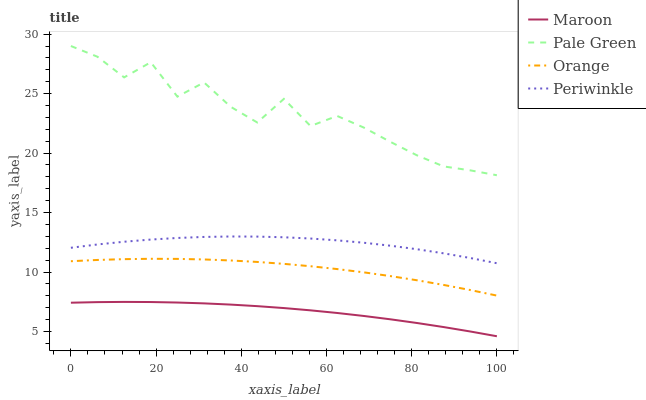
| xaxis_label | Maroon | Pale Green | Orange | Periwinkle |
 | --- | --- | --- | --- | --- |
 | 0 | 7.42 | 29 | 10.9 | 12 |
 | 6.25 | 7.47 | 28.1 | 11 | 12.3 |
 | 12.5 | 7.49 | 26.4 | 11.1 | 12.5 |
 | 18.8 | 7.48 | 27.6 | 11.1 | 12.7 |
 | 25 | 7.44 | 24.7 | 11.1 | 12.9 |
 | 31.2 | 7.36 | 25.9 | 11.1 | 12.9 |
 | 37.5 | 7.26 | 23.9 | 11 | 13 |
 | 43.8 | 7.13 | 22.6 | 10.8 | 13 |
 | 50 | 6.97 | 24.6 | 10.7 | 12.9 |
 | 56.2 | 6.78 | 22.3 | 10.5 | 12.8 |
 | 62.5 | 6.56 | 23.1 | 10.2 | 12.7 |
 | 68.8 | 6.31 | 22.1 | 9.97 | 12.5 |
 | 75 | 6.03 | 20.9 | 9.66 | 12.2 |
 | 81.2 | 5.71 | 19.8 | 9.31 | 11.9 |
 | 87.5 | 5.37 | 18.9 | 8.92 | 11.6 |
 | 93.8 | 5 | 18.5 | 8.49 | 11.2 |
 | 100 | 4.6 | 18.1 | 8.02 | 10.7 |